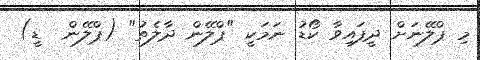
މި ޕްލޭނަށް ދީފައިވާ ކޯޑު ނަމަކީ "ޕްލޭން ދާލެތު" (ޕްލޭން  ޑީ)